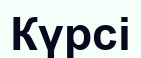
Күрсі